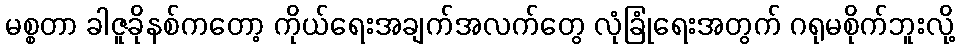
မစ္စတာ ခါဇူခိုနစ်ကတော့ ကိုယ်ရေးအချက်အလက်တွေ လုံခြုံရေးအတွက် ဂရုမစိုက်ဘူးလို့